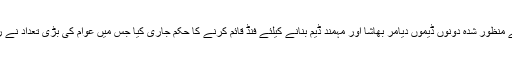
مشترکہ مفادات کونسل کے منظور شدہ دونوں ڈیموں دیامر بھاشا اور مہمند ڈیم بنانے کیلئے فنڈ قائم کرنے کا حکم جاری کیا جس میں عوام کی بڑی تعداد نے رقوم بھی جمع کروائی ہیں۔